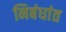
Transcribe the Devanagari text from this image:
निबंधांत